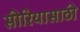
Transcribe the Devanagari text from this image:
सीरियासाठी